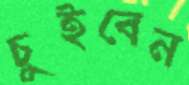
চুইবেন